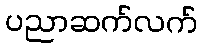
ပညာဆက်လက်